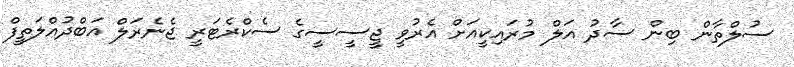
ސުލްތާން ބިން ސާދު އަލް މުރައިކީއަށް އެރުވީ ޖީސީސީގެ ސެކްރެޓަރީ ޖެނެރަލް އަބްދުއްލަތީފް